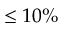
\leq 1 0 \%